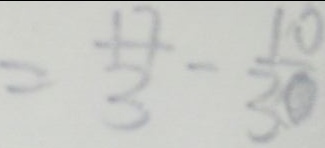
= \frac { 1 7 } { 3 } - \frac { 1 0 } { 3 0 }